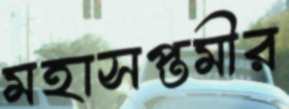
মহাসপ্তমীর